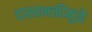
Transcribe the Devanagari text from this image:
दास्यभक्तीमुळे